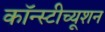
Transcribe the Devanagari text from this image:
कॉन्स्टीच्यूशन